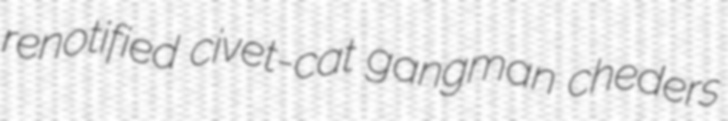
renotified civet-cat gangman cheders